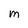
Character: m